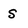
Character: S